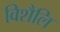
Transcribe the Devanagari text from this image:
विशैलि